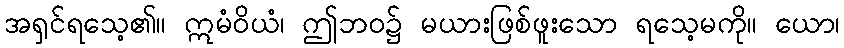
အရှင်ရသေ့၏။ ဣမံဝိယံ၊ ဤဘဝ၌ မယားဖြစ်ဖူးသော ရသေ့မကို။ ယော၊